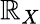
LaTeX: \mathbb{R}_{X}